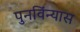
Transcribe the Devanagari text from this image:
पुनविंन्यास